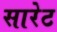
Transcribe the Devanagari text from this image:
सारेट